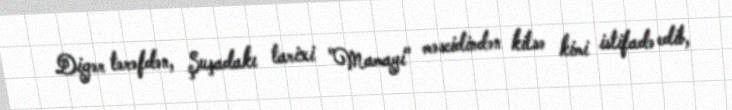
Digər tərəfdən, Şuşadakı tarixi "Mamayi" məscidindən kilsə kimi istifadə edib,